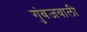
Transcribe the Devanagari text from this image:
गुंबजवाली